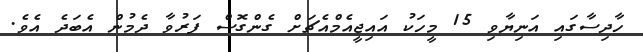
ހާދިސާގައި އަނިޔާވި 15 މީހަކު އައިޖީއެމްއެޗަށް ގެންގޮސް ފަރުވާ ދެމުން އެބަދެ އެވެ.